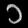
Digit: ၁